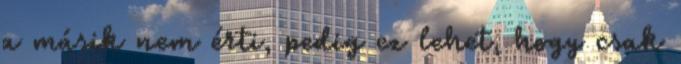
a másik nem érti, pedig ez lehet, hogy csak